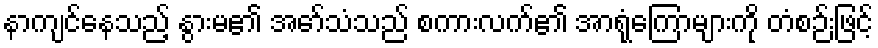
နာကျင်နေသည့် နွားမ၏ အော်သံသည် စကားလက်၏ အာရုံကြောများကို တံစဉ်းဖြင့်